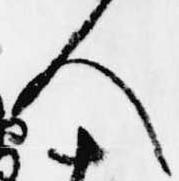
人